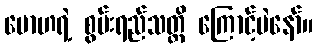
မောဟရဲ့ စွမ်းရည်သတ္တိ ကြောင့်ပဲနော်။